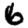
Digit: 6